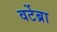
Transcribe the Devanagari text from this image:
वर्टेब्रा